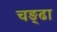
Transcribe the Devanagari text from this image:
चङ्ढा